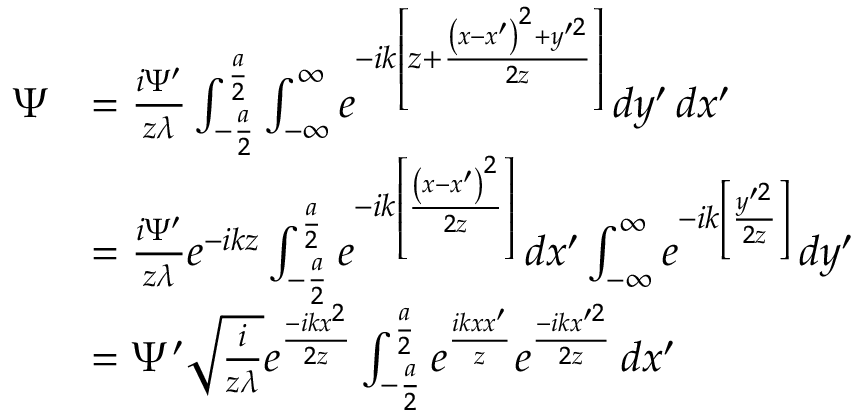
{ \begin{array} { r l } { \Psi } & { = { \frac { i \Psi ^ { \prime } } { z \lambda } } \int _ { - { \frac { a } { 2 } } } ^ { \frac { a } { 2 } } \int _ { - \infty } ^ { \infty } e ^ { - i k \left[ z + { \frac { \left( x - x ^ { \prime } \right) ^ { 2 } + y ^ { \prime 2 } } { 2 z } } \right] } \, d y ^ { \prime } \, d x ^ { \prime } } \\ & { = { \frac { i \Psi ^ { \prime } } { z \lambda } } e ^ { - i k z } \int _ { - { \frac { a } { 2 } } } ^ { \frac { a } { 2 } } e ^ { - i k \left[ { \frac { \left( x - x ^ { \prime } \right) ^ { 2 } } { 2 z } } \right] } \, d x ^ { \prime } \int _ { - \infty } ^ { \infty } e ^ { - i k \left[ { \frac { y ^ { \prime 2 } } { 2 z } } \right] } \, d y ^ { \prime } } \\ & { = \Psi ^ { \prime } { \sqrt { \frac { i } { z \lambda } } } e ^ { \frac { - i k x ^ { 2 } } { 2 z } } \int _ { - { \frac { a } { 2 } } } ^ { \frac { a } { 2 } } e ^ { \frac { i k x x ^ { \prime } } { z } } e ^ { \frac { - i k x ^ { \prime 2 } } { 2 z } } \, d x ^ { \prime } } \end{array} }